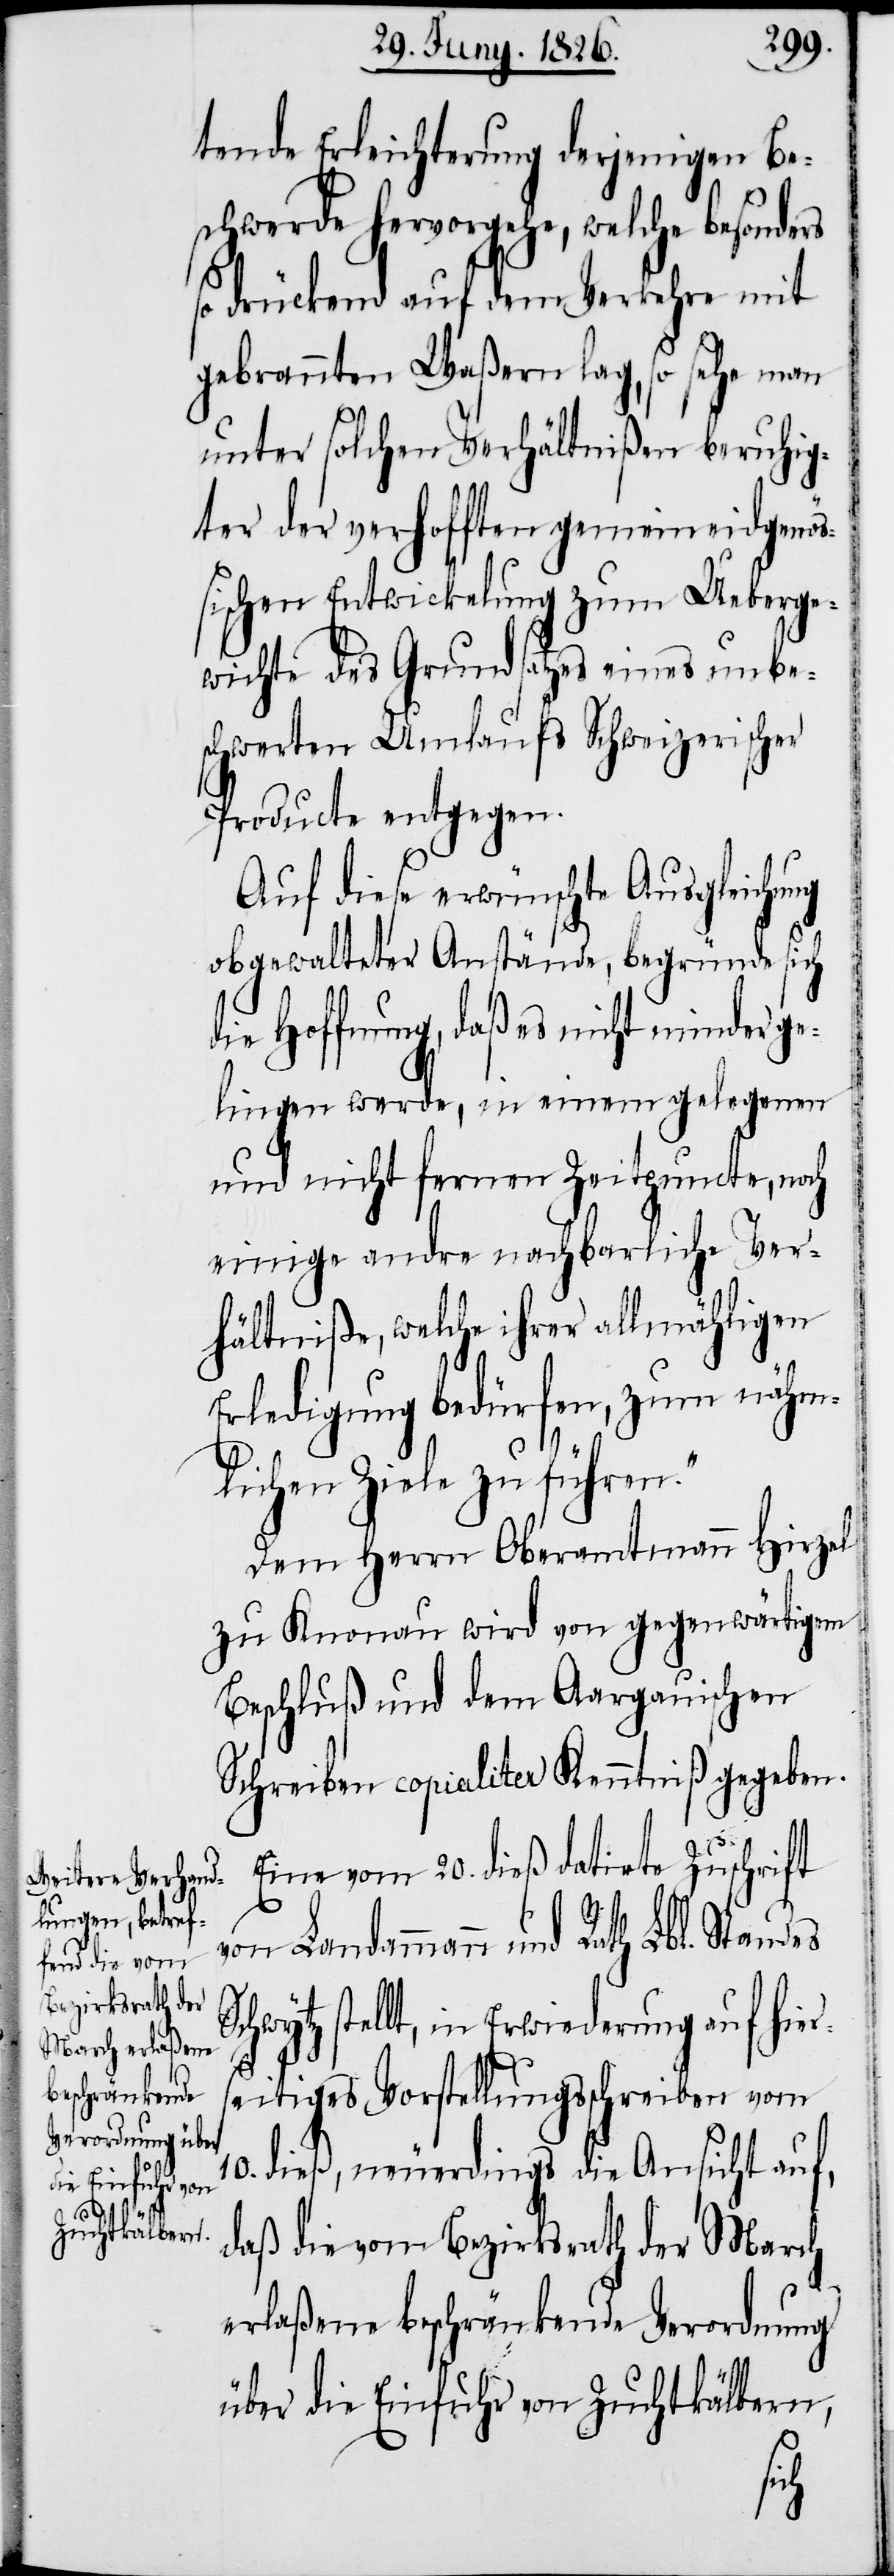
tende Erleichterung derjenigen Be¬
schwerde hervorgehe, welche besonders
so drückend auf dem Verkehre mit
gebrannten Waßern lag, so sehe man
unter solchen Verhältnißen beruhig¬
ter der verhofften gemeineidgenö¬
ßischen Entwickelung zum Ueberge¬
wichte des Grundsatzes eines unbe¬
schwerten Umlaufs Schweizerischer
Producte entgegen.
Auf diese erwünschte Ausgleichung
obgewalteter Anstände, begründe sich
die Hoffnung, daß es nicht minder ge¬
lingen werde, in einem gelegenen
und nicht fernen Zeitpuncte, noch
einige andre nachbarliche Ver¬
hältniße, welche ihrer allmähligen
Erledigung bedürfen, zum nähm¬
lichen Ziele zu führen.“
Dem Herrn Oberamtmann Hirzel
zu Knonau wird von gegenwärtigem
Beschluß und dem Aargauischen
Schreiben copialiter Kenntniß gegeben.
Eine vom 20. dieß datirte Zuschrift
Landammann und Rath Lbl. Standes
stellt, in Erwiederung auf hier¬
seitiges Vorstellungsschreiben vom
dieß, neuerdings die Ansicht auf,
daß die vom Bezirksrath der March
erlaßene beschränkende Verordnung
über die Einfuhr von Zuchtkälbern,